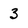
Character: 3